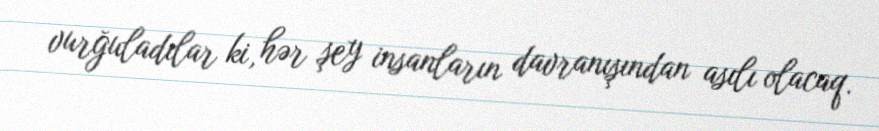
vurğuladılar ki, hər şey insanların davranışından asılı olacaq.